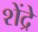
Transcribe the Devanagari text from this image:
शेंद्रे